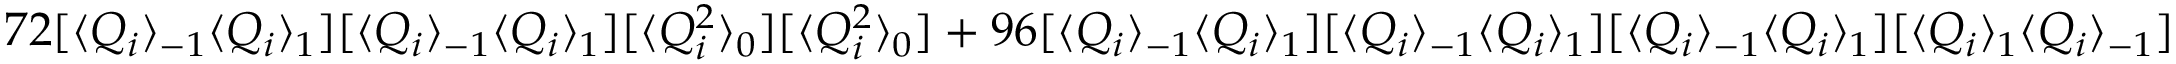
7 2 [ \langle Q _ { i } \rangle _ { - 1 } \langle Q _ { i } \rangle _ { 1 } ] [ \langle Q _ { i } \rangle _ { - 1 } \langle Q _ { i } \rangle _ { 1 } ] [ \langle Q _ { i } ^ { 2 } \rangle _ { 0 } ] [ \langle Q _ { i } ^ { 2 } \rangle _ { 0 } ] + 9 6 [ \langle Q _ { i } \rangle _ { - 1 } \langle Q _ { i } \rangle _ { 1 } ] [ \langle Q _ { i } \rangle _ { - 1 } \langle Q _ { i } \rangle _ { 1 } ] [ \langle Q _ { i } \rangle _ { - 1 } \langle Q _ { i } \rangle _ { 1 } ] [ \langle Q _ { i } \rangle _ { 1 } \langle Q _ { i } \rangle _ { - 1 } ]